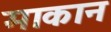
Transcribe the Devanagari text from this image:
माकान